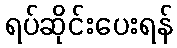
ရပ်ဆိုင်းပေးရန်